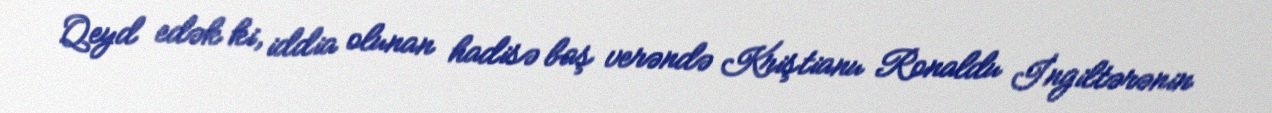
Qeyd edək ki, iddia olunan hadisə baş verəndə Kriştianu Ronaldu İngiltərənin